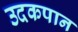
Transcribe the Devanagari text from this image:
उदकपान